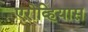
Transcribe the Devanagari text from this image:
एरोव्हियास